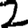
Digit: 2